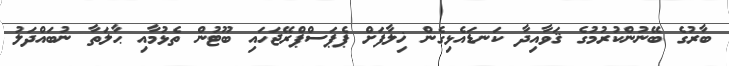
ބާރުގެ ބޭނުންކުރުމުގެ ޤަވާއިދާ ކަނޑައެޅިގެން ޚިލާފަށް ޕެޕަސްޕްރޭޖަހައި ބޫޓުން ތެޅުމާއި ޙާލަތާ ނުބައްދަލު